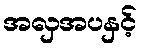
အလှအပနှင့်